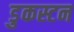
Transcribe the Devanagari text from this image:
डुकस्टन